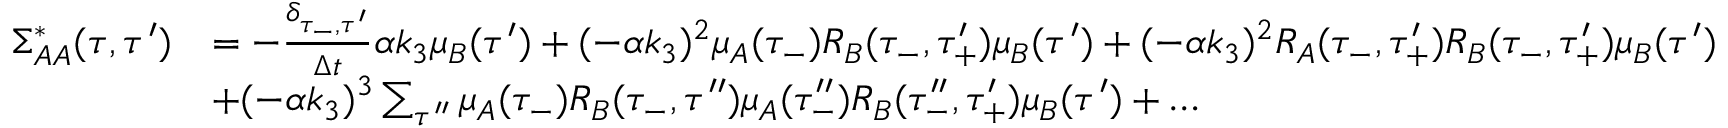
\begin{array} { r l } { \Sigma _ { A A } ^ { * } ( \tau , \tau ^ { \prime } ) } & { = - \frac { \delta _ { \tau _ { - } , \tau ^ { \prime } } } { \Delta t } \alpha k _ { 3 } \mu _ { B } ( \tau ^ { \prime } ) + ( - \alpha k _ { 3 } ) ^ { 2 } \mu _ { A } ( \tau _ { - } ) R _ { B } ( \tau _ { - } , \tau _ { + } ^ { \prime } ) \mu _ { B } ( \tau ^ { \prime } ) + ( - \alpha k _ { 3 } ) ^ { 2 } R _ { A } ( \tau _ { - } , \tau _ { + } ^ { \prime } ) R _ { B } ( \tau _ { - } , \tau _ { + } ^ { \prime } ) \mu _ { B } ( \tau ^ { \prime } ) } \\ & { + ( - \alpha k _ { 3 } ) ^ { 3 } \sum _ { \tau ^ { \prime \prime } } \mu _ { A } ( \tau _ { - } ) R _ { B } ( \tau _ { - } , \tau ^ { \prime \prime } ) \mu _ { A } ( \tau _ { - } ^ { \prime \prime } ) R _ { B } ( \tau _ { - } ^ { \prime \prime } , \tau _ { + } ^ { \prime } ) \mu _ { B } ( \tau ^ { \prime } ) + \dots } \end{array}